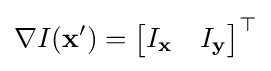
\nabla I(\mathbf {x'} )={\begin{bmatrix}I_{\mathbf {x} }&I_{\mathbf {y} }\end{bmatrix}}^{\top }